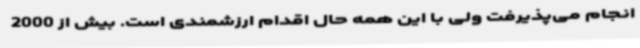
انجام می‌پذیرفت ولی با این همه حال اقدام ارزشمندی است. بیش از 2000